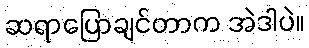
ဆရာပြောချင်တာက အဲဒါပဲ။